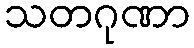
သတဂုဏာ